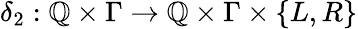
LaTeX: \delta_{2}:\mathbb{Q}\times\Gamma\to\mathbb{Q}\times\Gamma\times\{ L,R\}